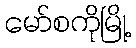
မော်စကိုမြို့